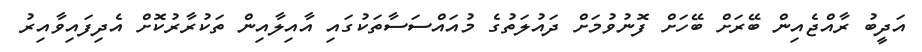
އަދީބު ރާއްޖެއިން ބޭރަށް ބޭހަށް ފޮނުވުމަށް ދައުލަތުގެ މުއައްސަސާތަކުގައި އާއިލާއިން ތަކުރާރުކޮށް އެދިފައިވާއިރު